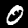
Digit: 0